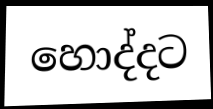
හොද්දට